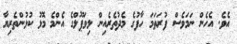
އެވެ. އެހެން ނަމަވެސް ފުރަތަމަ ހާފުގެ މެދުތެރެއިން ލިވަޕޫލްގެ އެންމެ މޮޅު ކުޅުންތެރިޔާ